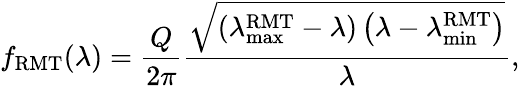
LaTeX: f_{\mathrm{RMT}}(\lambda)=\frac{Q}{2\pi}\frac{\sqrt{\left(\lambda_{\operatorname*{max}}^{\mathrm{RMT}}-\lambda\right)\left(\lambda-\lambda_{\operatorname*{min}}^{\mathrm{RMT}}\right)}}{\lambda},